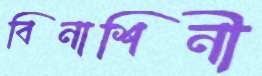
বিনাশিনী